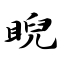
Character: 睨